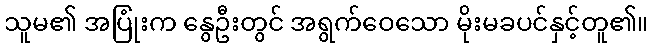
သူမ၏ အပြုံးက နွေဦးတွင် အရွက်ဝေသော မိုးမခပင်နှင့်တူ၏။